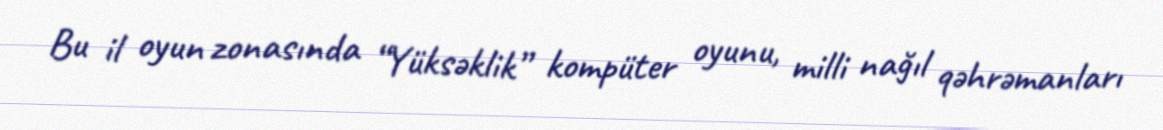
Bu il oyun zonasında “Yüksəklik” kompüter oyunu, milli nağıl qəhrəmanları